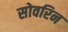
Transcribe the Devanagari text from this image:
सोवरिन